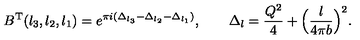
B ^ { \mathrm { T } } ( l _ { 3 } , l _ { 2 } , l _ { 1 } ) = e ^ { \pi i ( \Delta _ { l _ { 3 } } - \Delta _ { l _ { 2 } } - \Delta _ { l _ { 1 } } ) } , \qquad \Delta _ { l } = \frac { Q ^ { 2 } } { 4 } + \Bigl ( \frac { l } { 4 \pi b } \Bigr ) ^ { 2 } .